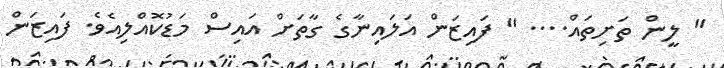
" ލީން ތަށިތައް.... " ފައިޒަން އަލައިނާގެ ގާތަށް އައިސް މަޑުކޮއްލިއެވެ. ފައިޒަން